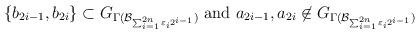
LaTeX: \begin{align*}\{b_{2i-1}, b_{2i} \} \subset G_{\Gamma( \mathcal{B}_{\sum_{i=1}^{2n} \varepsilon_{i} 2^{i-1}})} \ \mathrm{and} \ a_{2i-1}, a_{2i} \not\in G_{\Gamma( \mathcal{B}_{\sum_{i=1}^{2n} \varepsilon_{i} 2^{i-1}})}\end{align*}